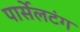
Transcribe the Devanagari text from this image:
पार्सेलटंग